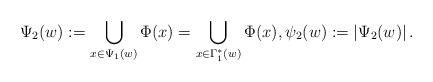
LaTeX: \begin{align*}\Psi_2(w) := \bigcup\limits_{x\in \Psi_1(w)}\Phi(x) = \bigcup\limits_{x\in \Gamma_1^*(w)}\Phi(x), \psi_2(w):=\left|\Psi_2(w) \right|. \end{align*}